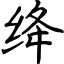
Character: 绛